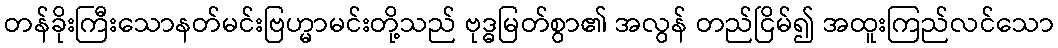
တန်ခိုးကြီးသောနတ်မင်းဗြဟ္မာမင်းတို့သည် ဗုဒ္ဓမြတ်စွာ၏ အလွန် တည်ငြိမ်၍ အထူးကြည်လင်သော